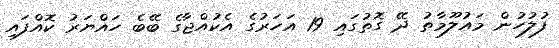
ފުލުހުން މައުލޫމާތު ދޭ ގޮތުގައި 19 އަހަރުގެ އެކުއްޖާގެ ބޭބެ ހައްޔަރު ކޮއްފައި